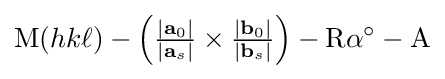
{\text{M}}(hk\ell )-\left({\tfrac {|{\textbf {a}}_{0}|}{|{\textbf {a}}_{s}|}}\times {\tfrac {|{\textbf {b}}_{0}|}{|{\textbf {b}}_{s}|}}\right)-{\text{R}}\alpha ^{\circ }-{\text{A}}